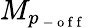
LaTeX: M_{p_{\mathrm{~-~o~f~f~}}}